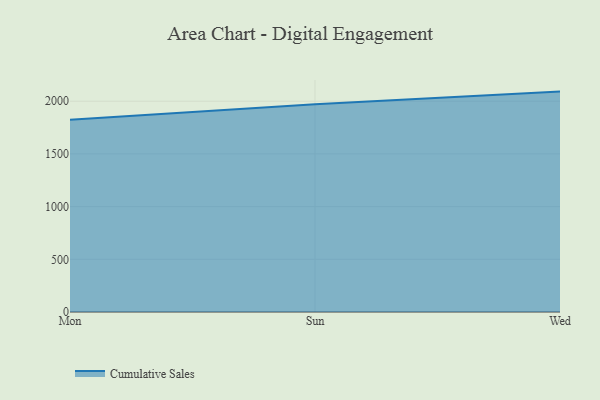
{"axis": {"x": "Day", "y": "Gross Profit (USD K)"}, "legend": ["Cumulative Sales"], "data": [{"x": "Mon", "y": 1823.5, "type": "Cumulative Sales"}, {"x": "Sun", "y": 1970.4, "type": "Cumulative Sales"}, {"x": "Wed", "y": 2091.1, "type": "Cumulative Sales"}]}